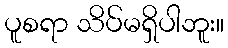
ပူစရာ သိပ်မရှိပါဘူး။